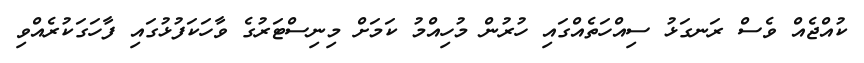
ކުއްޖެއް ވެސް ރަނގަޅު ސިއްހަތެއްގައި ހުރުން މުހިއްމު ކަމަށް މިިނިސްޓަރުގެ ވާހަކަފުޅުގައި ފާހަގަކުރެއްވި